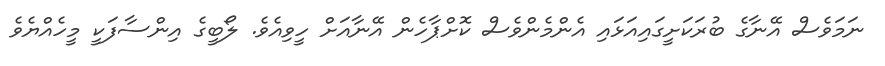
ނަމަވެސް އޭނާގެ ބުރަކަށީގައިއަޅައި އެންމެންވެސް ކޮށްޕާހެން އޭނާއަށް ހީވިއެވެ. ލޯބީގެ އިންސާފަކީ މީހެއްޔެވެ